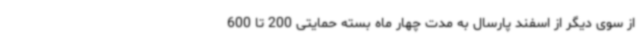
از سوی دیگر از اسفند پارسال به مدت چهار ماه بسته حمایتی 200 تا 600